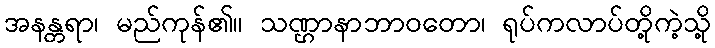
အနန္တရာ၊ မည်ကုန်၏။ သဏ္ဌာနာဘာဝတော၊ ရုပ်ကလာပ်တို့ကဲ့သို့